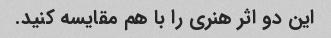
این دو اثر هنری را با هم مقایسه کنید.